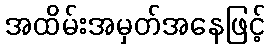
အထိမ်းအမှတ်အနေဖြင့်